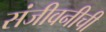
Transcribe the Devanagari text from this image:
संजीवनीची